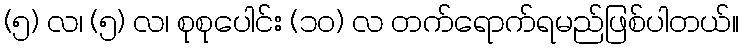
(၅) လ၊ (၅) လ၊ စုစုပေါင်း (၁၀) လ တက်ရောက်ရမည်ဖြစ်ပါတယ်။